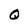
Character: Q